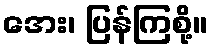
အေး၊ ပြန်ကြစို့။